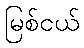
မြစ်ငယ်